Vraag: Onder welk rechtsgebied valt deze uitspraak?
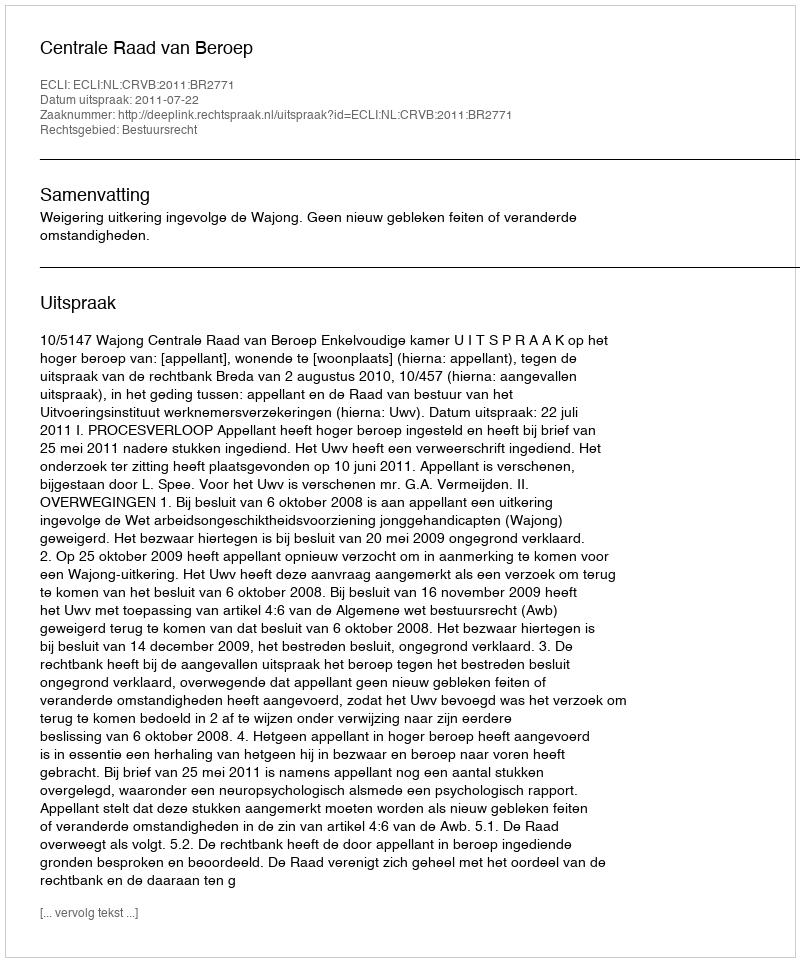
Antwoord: Bestuursrecht